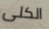
الكلى